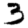
Digit: 3